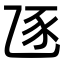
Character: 𧰦